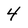
Character: 4